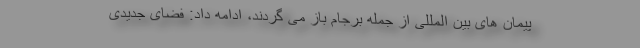
پیمان های بین المللی از جمله برجام باز می گردند، ادامه داد: فضای جدیدی